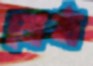
জেষ্ঠ